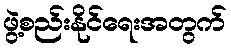
ဖွဲ့စည်းနိုင်ရေးအတွက်